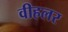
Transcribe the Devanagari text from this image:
वीहलर